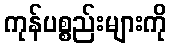
ကုန်ပစ္စည်းများကို